65_HS1-834228961_62-HQ-83894_Section_6
Agency: FBI
Page 259
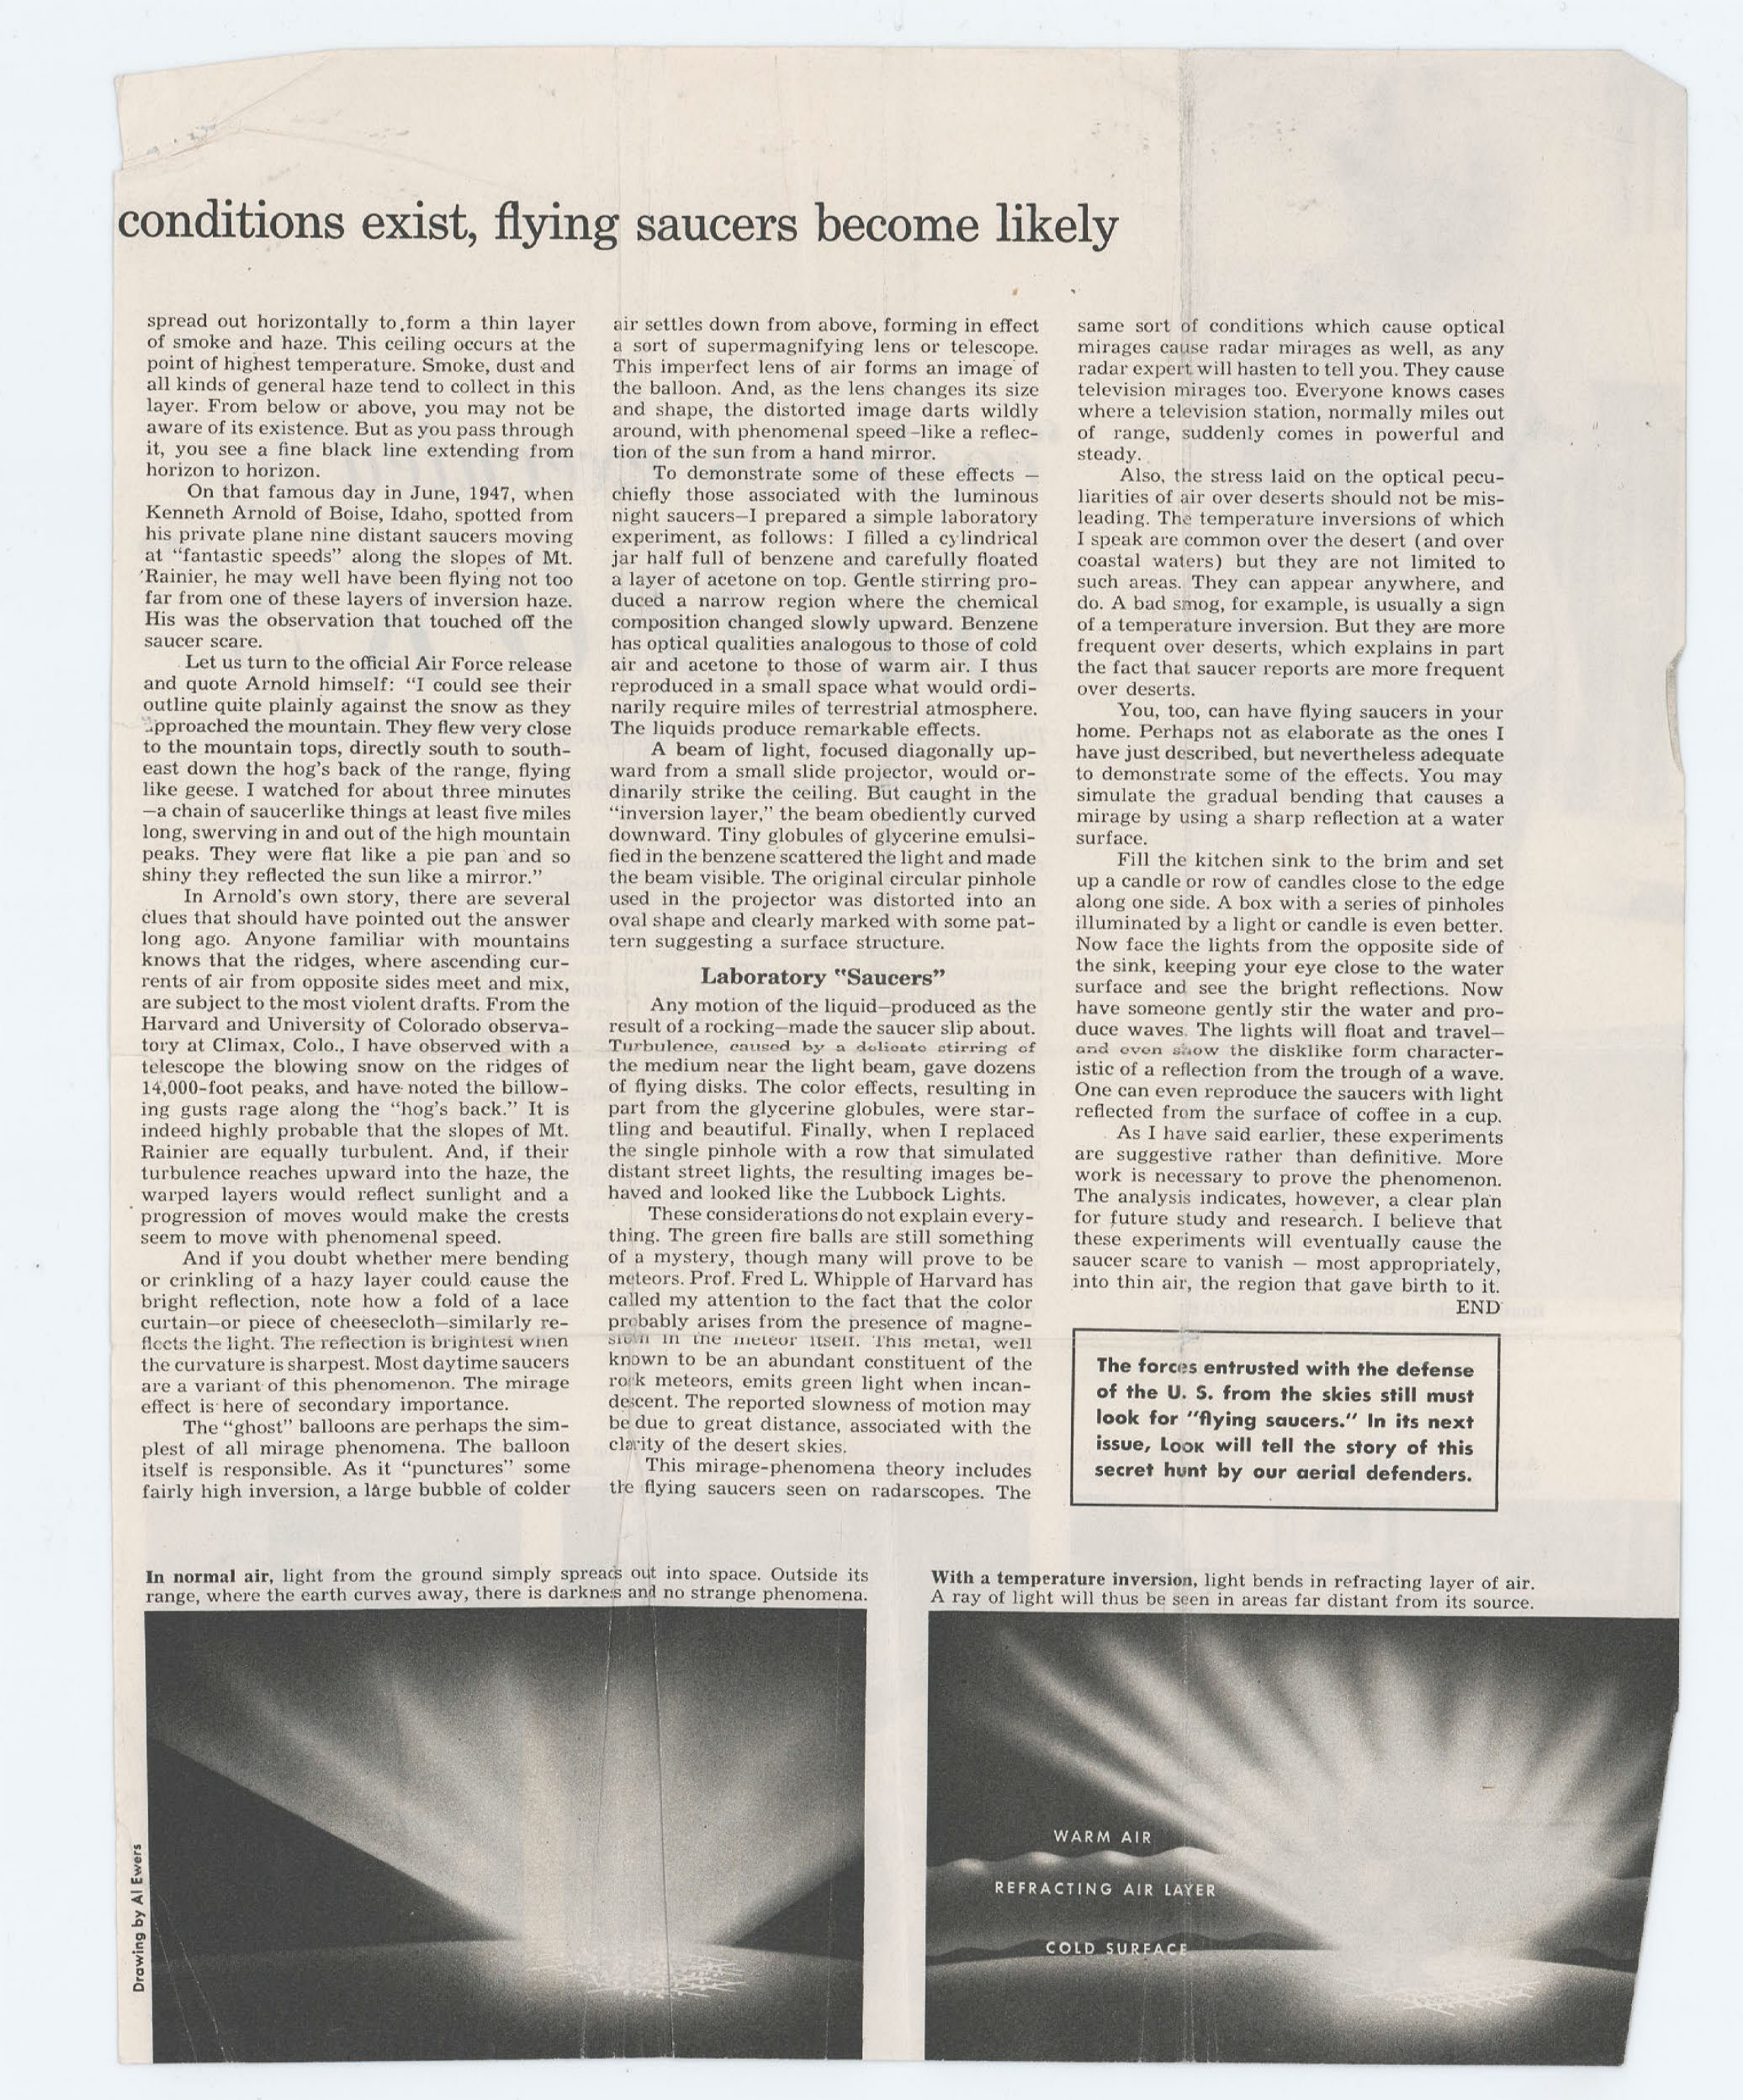